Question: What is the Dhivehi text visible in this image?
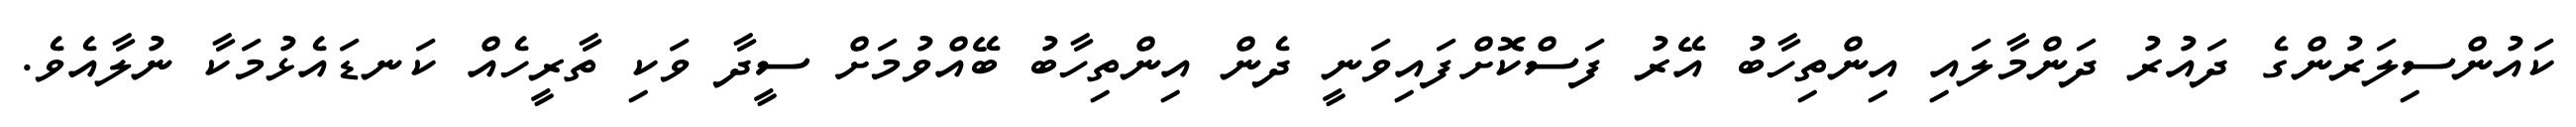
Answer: ކައުންސިލަރުންގެ ދައުރު ދަންމާލައި އިންތިހާބު އޭރު ފަސްކޮށްފައިވަނީ ދެން އިންތިހާބު ބޭއްވުމަށް ސީދާ ވަކި ތާރީހެއް ކަނޑައެޅުމަކާ ނުލާއެވެ.